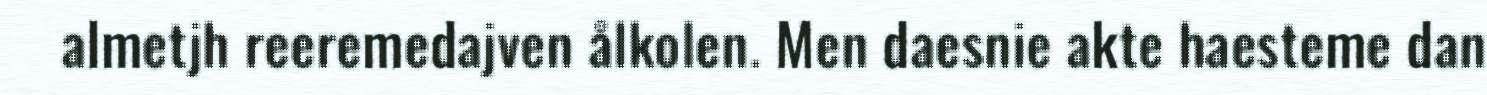
almetjh reeremedajven ålkolen. Men daesnie akte haesteme dan